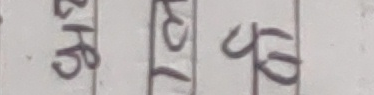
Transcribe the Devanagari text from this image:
घ च टिप